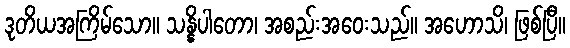
ဒုတိယအကြိမ်သော။ သန္နိပါတော၊ အစည်းအဝေးသည်။ အဟောသိ၊ ဖြစ်ပြီ။